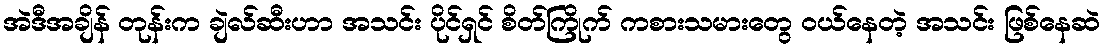
အဲဒီအချိန် တုန်းက ချဲလ်ဆီးဟာ အသင်း ပိုင်ရှင် စိတ်ကြိုက် ကစားသမားတွေ ၀ယ်နေတဲ့ အသင်း ဖြစ်နေဆဲ